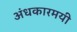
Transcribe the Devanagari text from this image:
अंधकारमयी